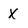
Character: X